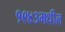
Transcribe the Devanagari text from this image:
१९४३मधील